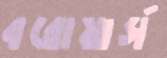
বরোয়ার্স